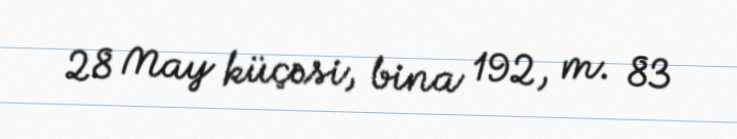
28 May küçəsi, bina 192, m. 83